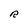
Character: R